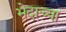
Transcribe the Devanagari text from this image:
भेदाच्या